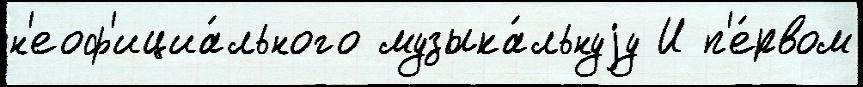
н'еоф'ициа́льного музыка́льнуjу И п'е́рвом